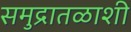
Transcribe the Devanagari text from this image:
समुद्रातळाशी